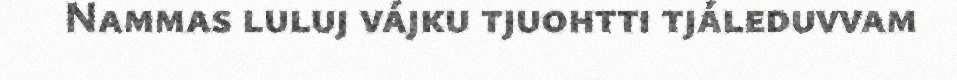
Nammas luluj vájku tjuohtti tjáleduvvam